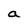
Character: a